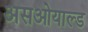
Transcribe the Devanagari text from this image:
असओयाल्ड